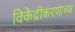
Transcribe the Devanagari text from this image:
विकेंद्रीकरणाच्या